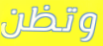
وتظن